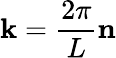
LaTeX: \mathbf{k}=\frac{2\pi}{L}\mathbf{n}